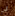
لي